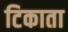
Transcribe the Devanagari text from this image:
टिकाता